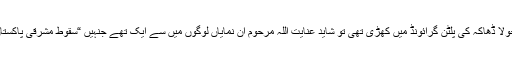
16 دسمبر 1971 کو جب پاک فوج پابجولا ڈھاکہ کی پلٹن گرائونڈ میں کھڑی تھی تو شاید عنایت اللہ مرحوم ان نمایاں لوگوں میں سے ایک تھے جنہیں “سقوطِ مشرقی پاکستان‘‘ ایک نوشتۃ دیوار لکھا نظر آرہا تھا۔